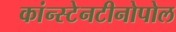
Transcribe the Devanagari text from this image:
कांन्स्टेनटीनोपोल